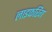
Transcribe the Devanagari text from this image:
लाइफरिंग